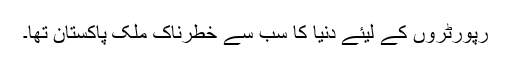
رپورٹروں کے لیئے دنیا کا سب سے خطرناک ملک پاکستان تھا۔